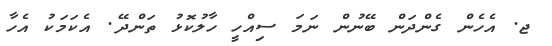
ޖ. އެހެން ގެންދަން ބޭނުން ނަމަ ސިއްހީ ހާލުކޮޅު ތަންދޭ. އެކަމަކު އެހާ